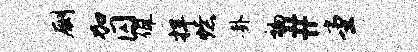
劂加囚佩捍燎卦褊#堂